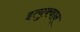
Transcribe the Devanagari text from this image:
इत्युक्वान्